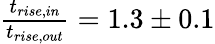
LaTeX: \begin{array}{r}{\frac{t_{rise,in}}{t_{rise,out}}=1.3\pm 0.1}\end{array}